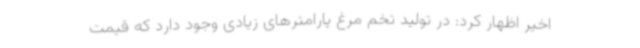
اخیر اظهار کرد: در تولید تخم مرغ پارامترهای زیادی وجود دارد که قیمت